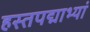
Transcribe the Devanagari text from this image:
हस्तपद्माभ्यां